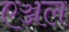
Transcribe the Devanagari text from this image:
एञ्जल